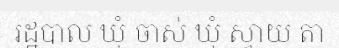
រដ្ឋបាល ឃុំ ចាស់ ឃុំ ស្វាយ តា